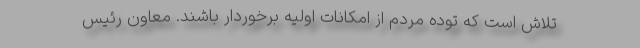
تلاش است که توده مردم از امکانات اولیه برخوردار باشند. معاون رئیس